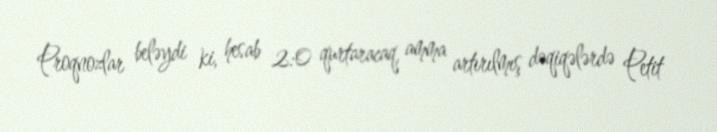
Proqnozlar beləydi ki, hesab 2:0 qurtaracaq, amma artırılmış dəqiqələrdə Petit